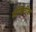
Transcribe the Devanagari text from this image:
सेमिटीक